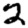
Digit: 2